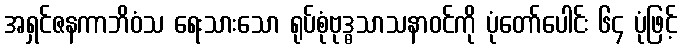
အရှင်ဇနကာဘိဝံသ ရေးသားသော ရုပ်စုံဗုဒ္ဓသာသနာဝင်ကို ပုံတော်ပေါင်း ၆၄ ပုံဖြင့်